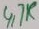
Text: 4,7K